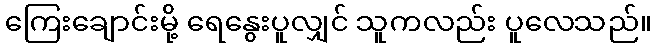
ကြေးချောင်းမို့ ရေနွေးပူလျှင် သူကလည်း ပူလေသည်။